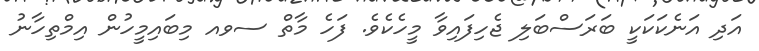
އަދި އަނެކަކަކީ ބަރަސްބަލި ޖެހިފައިވާ މީހެކެވެ. ފަހެ މާތް ސވއ މިބައިމީހުން އިމްތިހާނު